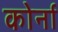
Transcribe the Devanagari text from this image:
कोर्ना